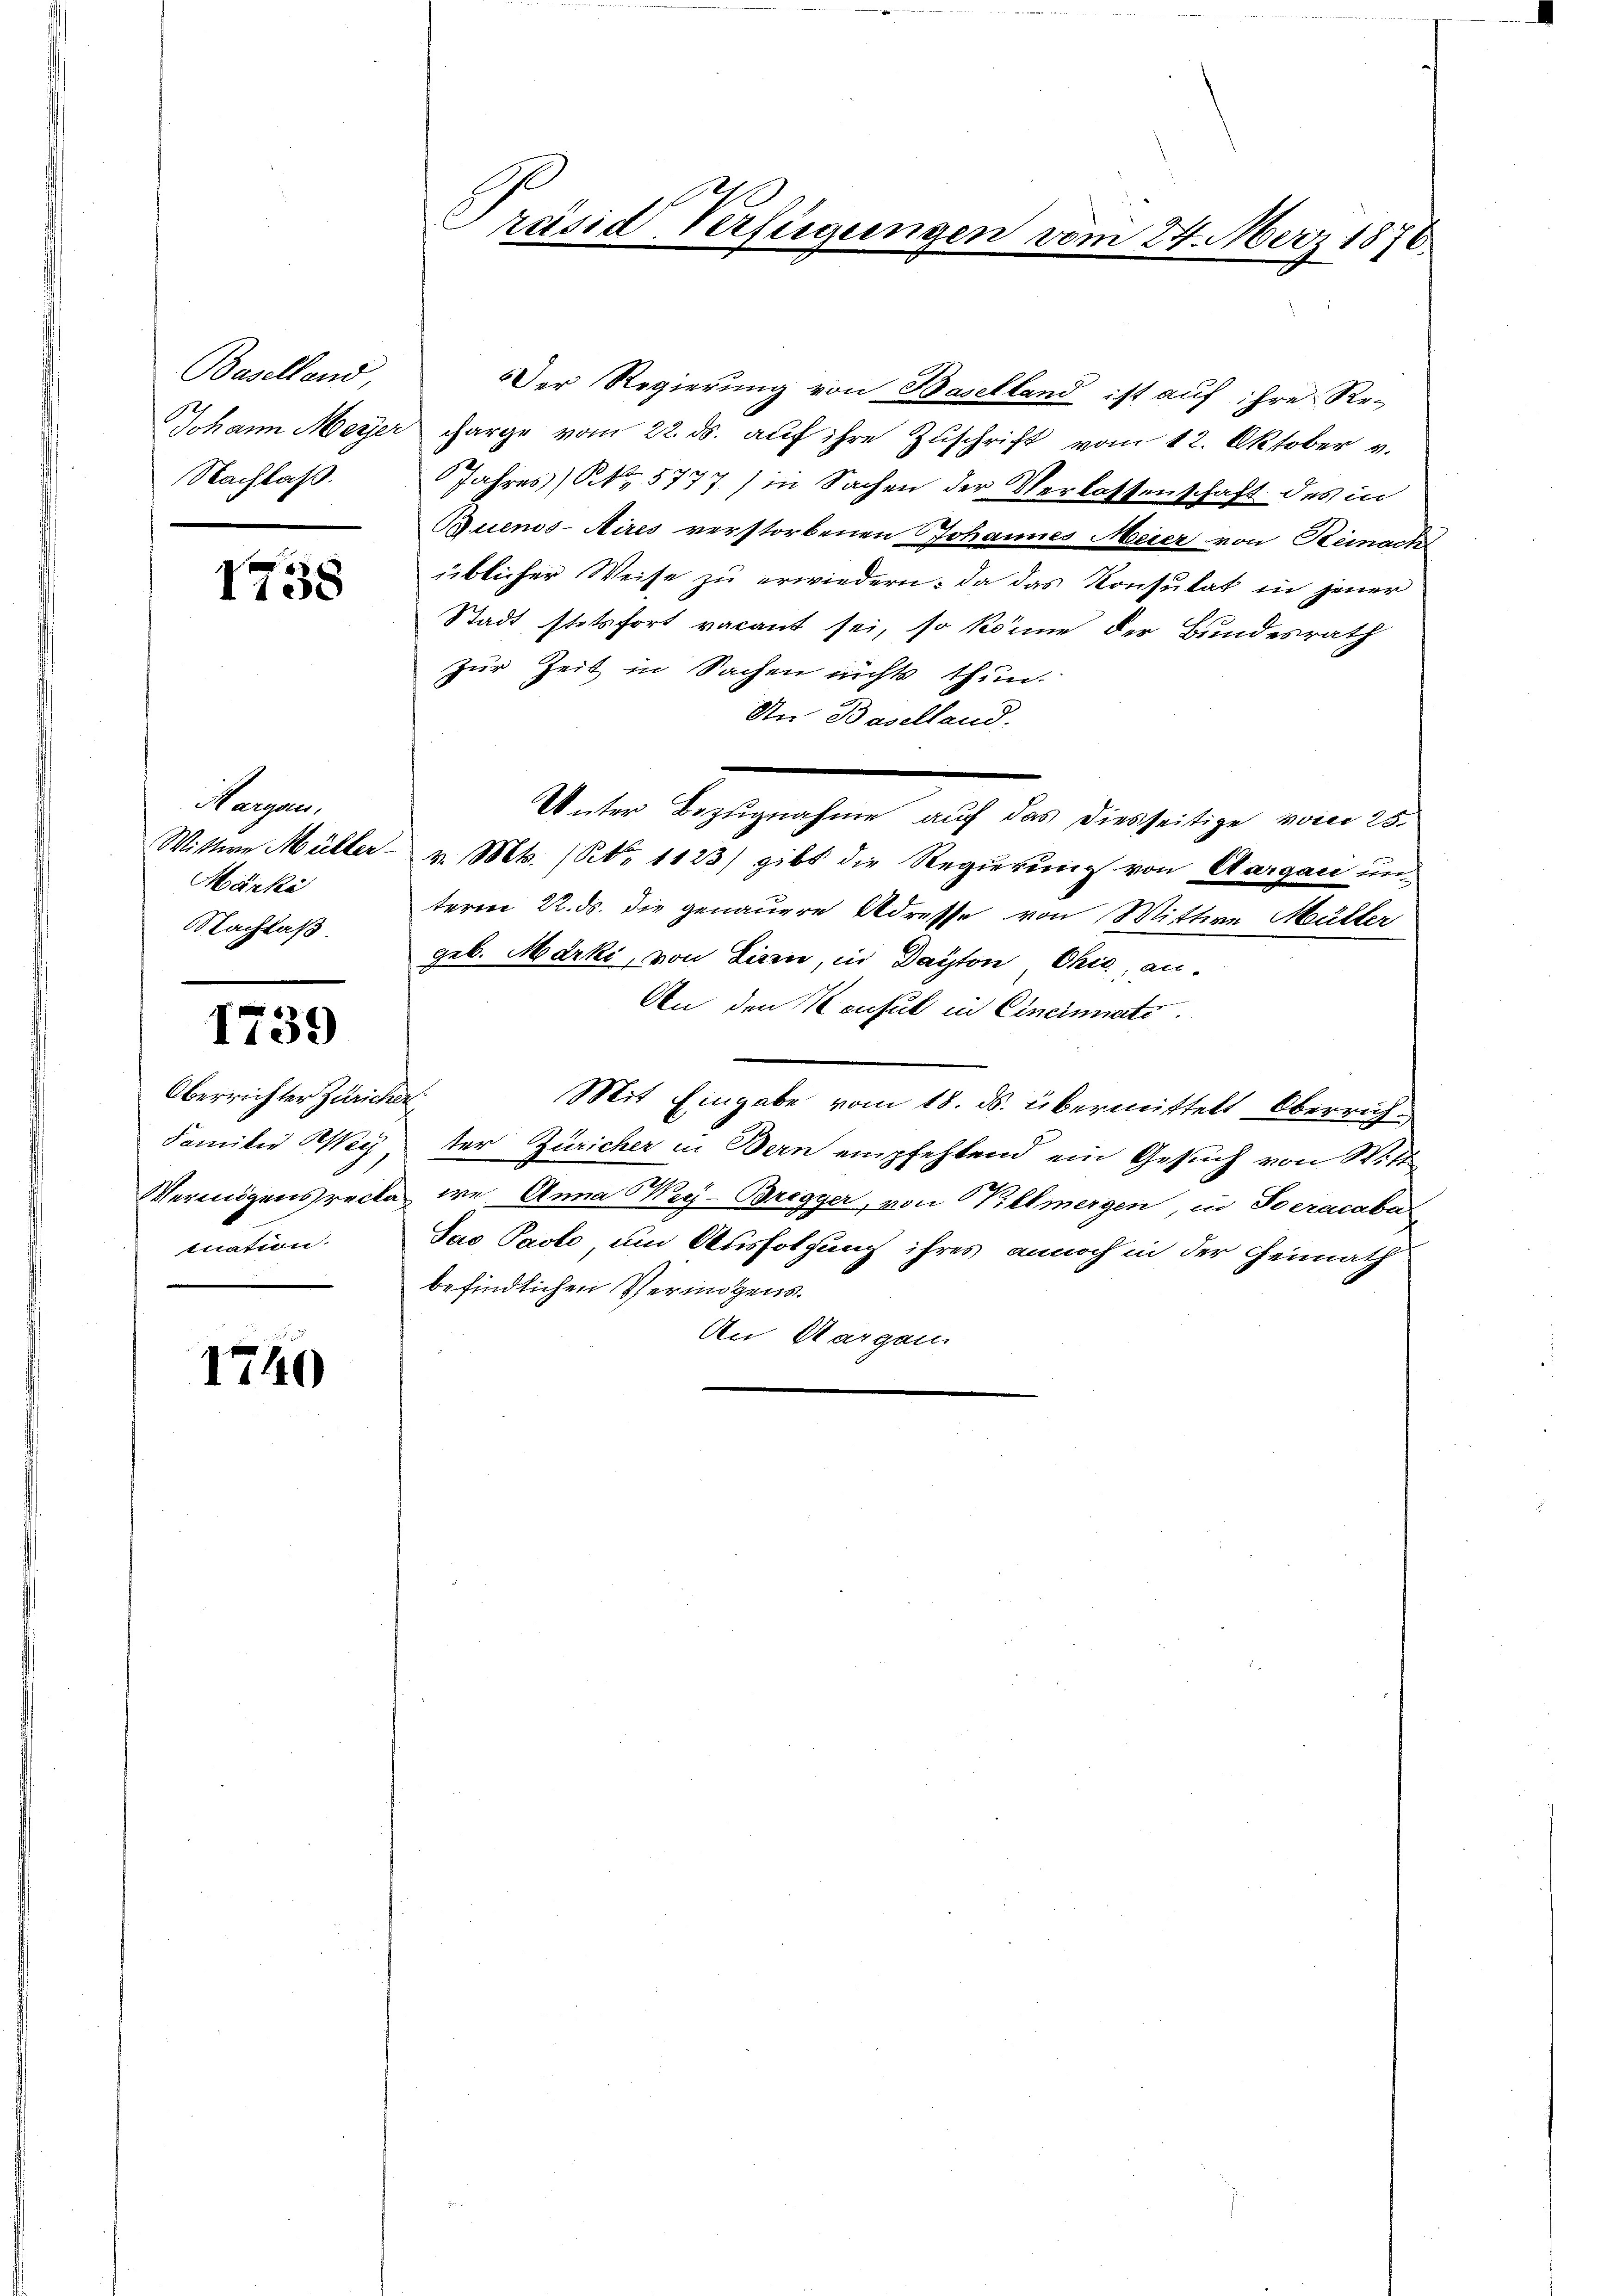
Baselland,
Nachlaß.

1758

Nargen.
Märki
Nachlaß.

1739

Oberrichter Züricher
mnation.

1740

Präsid Verfügungen vom 24. März 1870

Der Regierung von Baselland ist auf ihre Re-
Johann Meyer charge vom 22. ds. aŭf ihre Zuschrift vom 12. Oktober v.
Jahres (ON 5777) in Sachen der Verlassenschaft des in
Buenos-Aires verstorbenen Johannes Meier von Remedi
üblicher Weise zu erwiedern: da das Konsulat in jener
Stadt stetsfort vacant sei, so könne der Bundesrath
zur Zeit in Sachen nichts thun.
An Baselland.
Wittwe Müller v. Mts. (NNo. 1123) gibt die Regierung von Aargau und
term 22. ds. die genauere Adresse von Wittwe Müller
geb. Marki, von Lizen, in Dayton, Chić, an¬
An den Konsul in Cincinnate.
Mit Eingabe vom 18. ds. übermittelt Oberrich¬
Familie Wey, der Züricher in Bern empfehlend ein Gesuch von Witt

Vermögensrecta we. Anna Wey-Bregger, von Willmergen, in Socracaba
Jao Pasto, um Ausfolgung ihres annoch in der Heimath
befindlichen Vermögens.
An Margau.

Unter Bezugnahme auf das diesseitige vom 25.